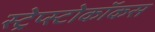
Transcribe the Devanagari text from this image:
स्ट्रेप्स्टोकॉकस